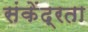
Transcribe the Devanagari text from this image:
संकेंद्रता